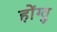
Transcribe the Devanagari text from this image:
होंग्वु